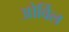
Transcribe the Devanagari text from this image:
ओर्विल